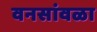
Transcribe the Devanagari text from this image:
वनसांवळा